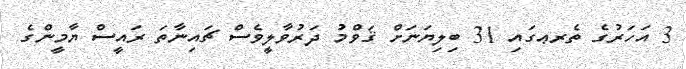
3 އަހަރުގެ ތެރޢގައި 31 ބިލިޔަނަށް ޤަވްމު ދަރުވާލީވެސް ޗައިނާތަ ރައީސް ޔާމީންގެ